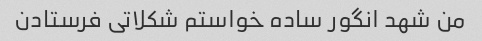
من شهد انگور ساده خواستم شکلاتی فرستادن